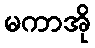
မကာအို